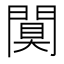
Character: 𨵢